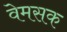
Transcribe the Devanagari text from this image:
वेमसक